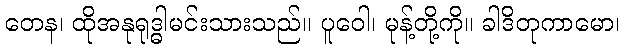
တေန၊ ထိုအနုရုဒ္ဓါမင်းသားသည်။ ပူဝေါ၊ မုန့်တို့ကို။ ခါဒိတုကာမော၊